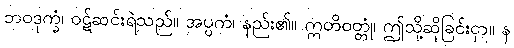
ဘဝဒုက္ခံ၊ ဝဋ်ဆင်းရဲသည်။ အပ္ပကံ၊ နည်း၏။ ဣတိဝတ္တုံ၊ ဤသို့ဆိုခြင်းငှာ။ န